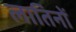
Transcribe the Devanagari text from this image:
लातिनों